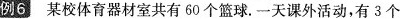
例6 某校体育器材室共有60个篮球.一天课外活动，有3个